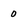
Character: 0